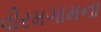
વીરમગામના